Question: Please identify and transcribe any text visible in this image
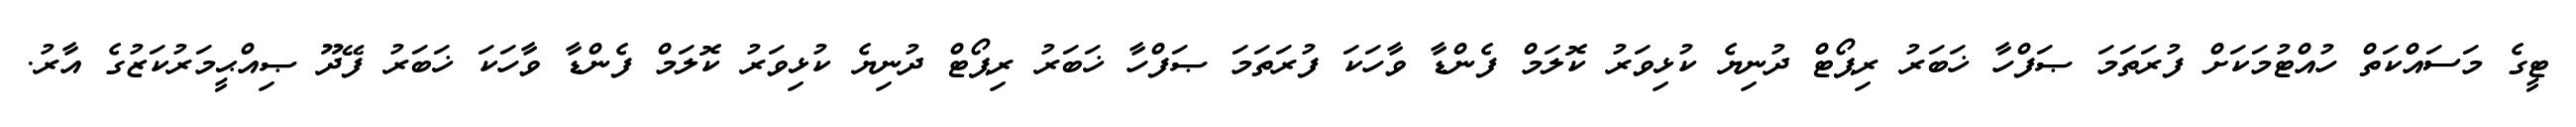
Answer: ޓީގެ މަސައްކަތް ހުއްޓުމަކަށް ފުރަތަމަ ޞަފްހާ ޚަބަރު ރިޕޯޓް ދުނިޔެ ކުޅިވަރު ކޮލަމް ފެންޑާ ވާހަކަ ފުރަތަމަ ޞަފްހާ ޚަބަރު ރިޕޯޓް ދުނިޔެ ކުޅިވަރު ކޮލަމް ފެންޑާ ވާހަކަ ޚަބަރު ފޭދޫ ޞިއްޙީމަރުކަޒުގެ އާރު.